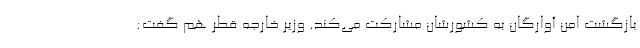
بازگشت امن آوارگان به کشورشان مشارکت می‌کند. وزیر خارجه قطر هم گفت: